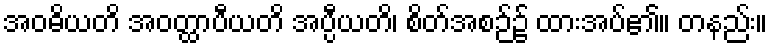
အဝဓိယတိ အဝတ္ထာပီယတိ အပ္ပီယတိ၊ စိတ်အစဉ်၌ ထားအပ်၏။ တနည်း။